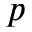
p